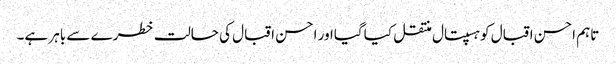
تاہم احسن اقبال کوہسپتال منتقل کیا گیااور احسن اقبال کی حالت خطرے سے باہر ہے۔